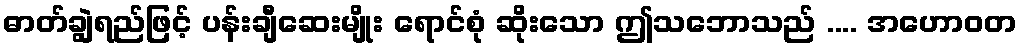
ဓာတ်ချွဲရည်ဖြင့် ပန်းချီဆေးမျိုး ရောင်စုံ ဆိုးသော ဤသဘောသည် .... အဟောဝတ